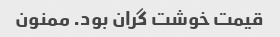
قیمت خوشت گران بود. ممنون